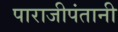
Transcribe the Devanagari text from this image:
पाराजीपंतानी